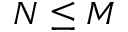
N \le M